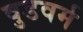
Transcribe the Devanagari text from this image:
वुडवर्म